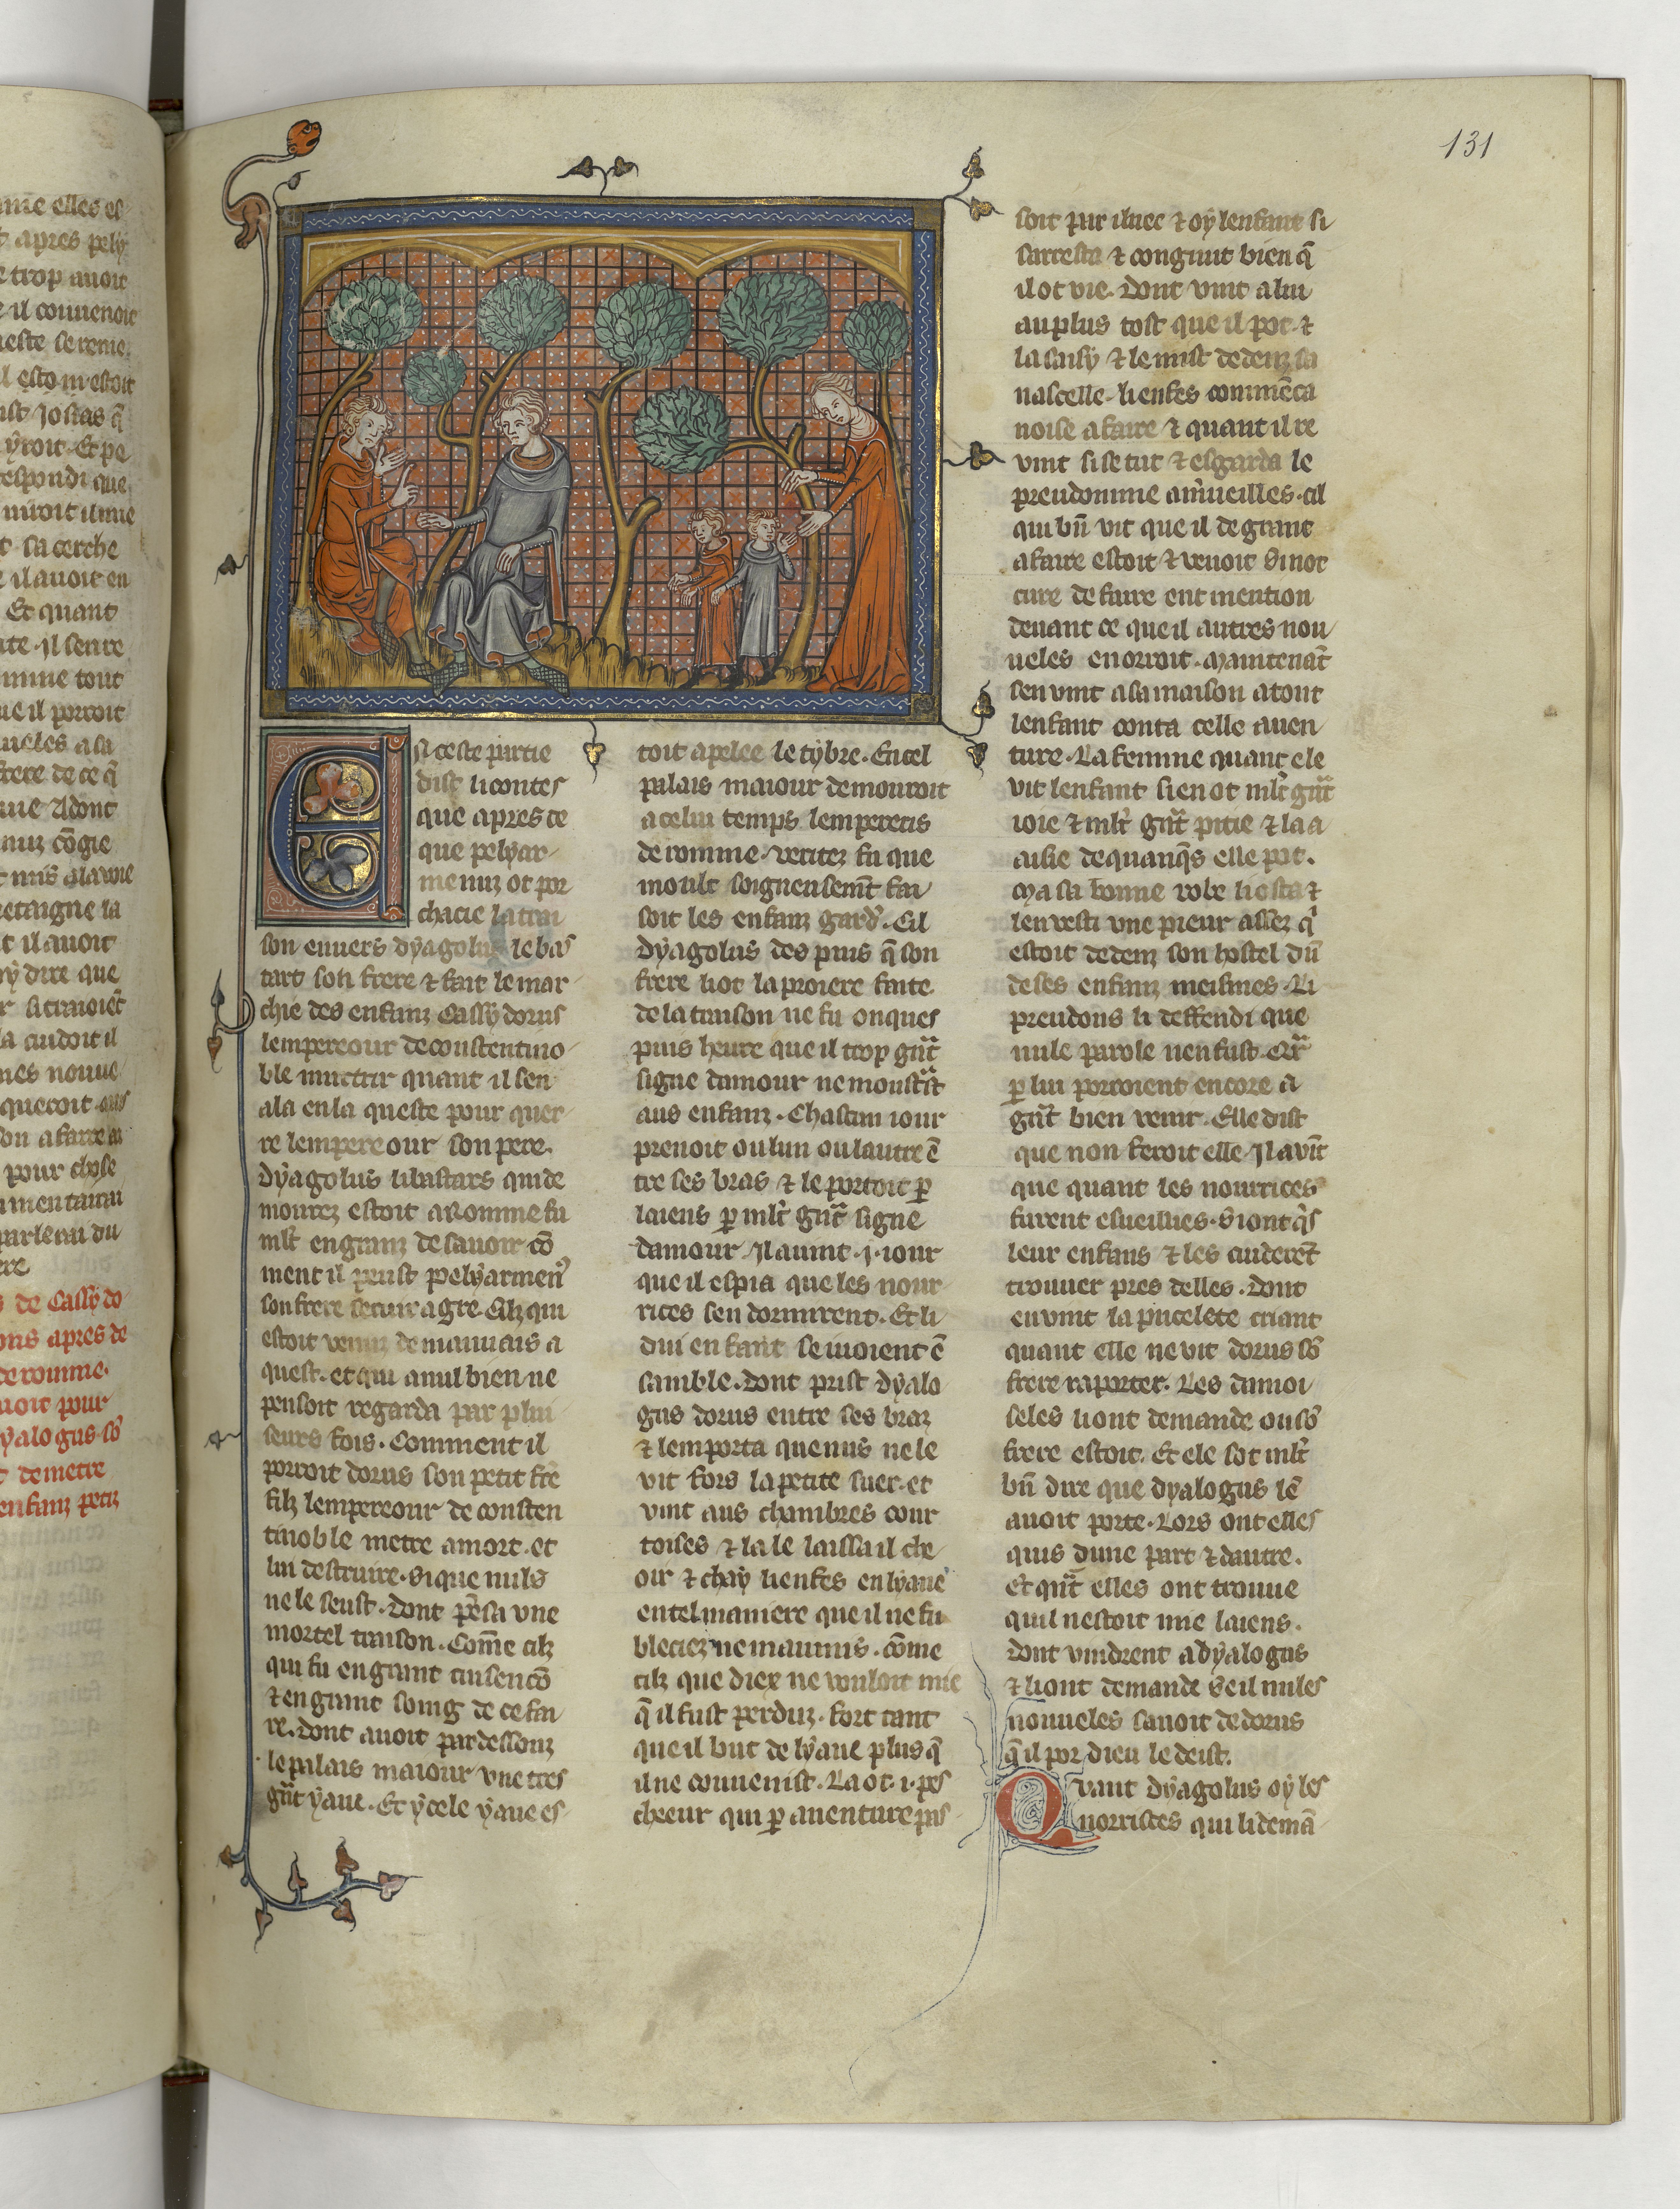
Shelfmark: Paris, BnF, fr. 22549
Century: 14